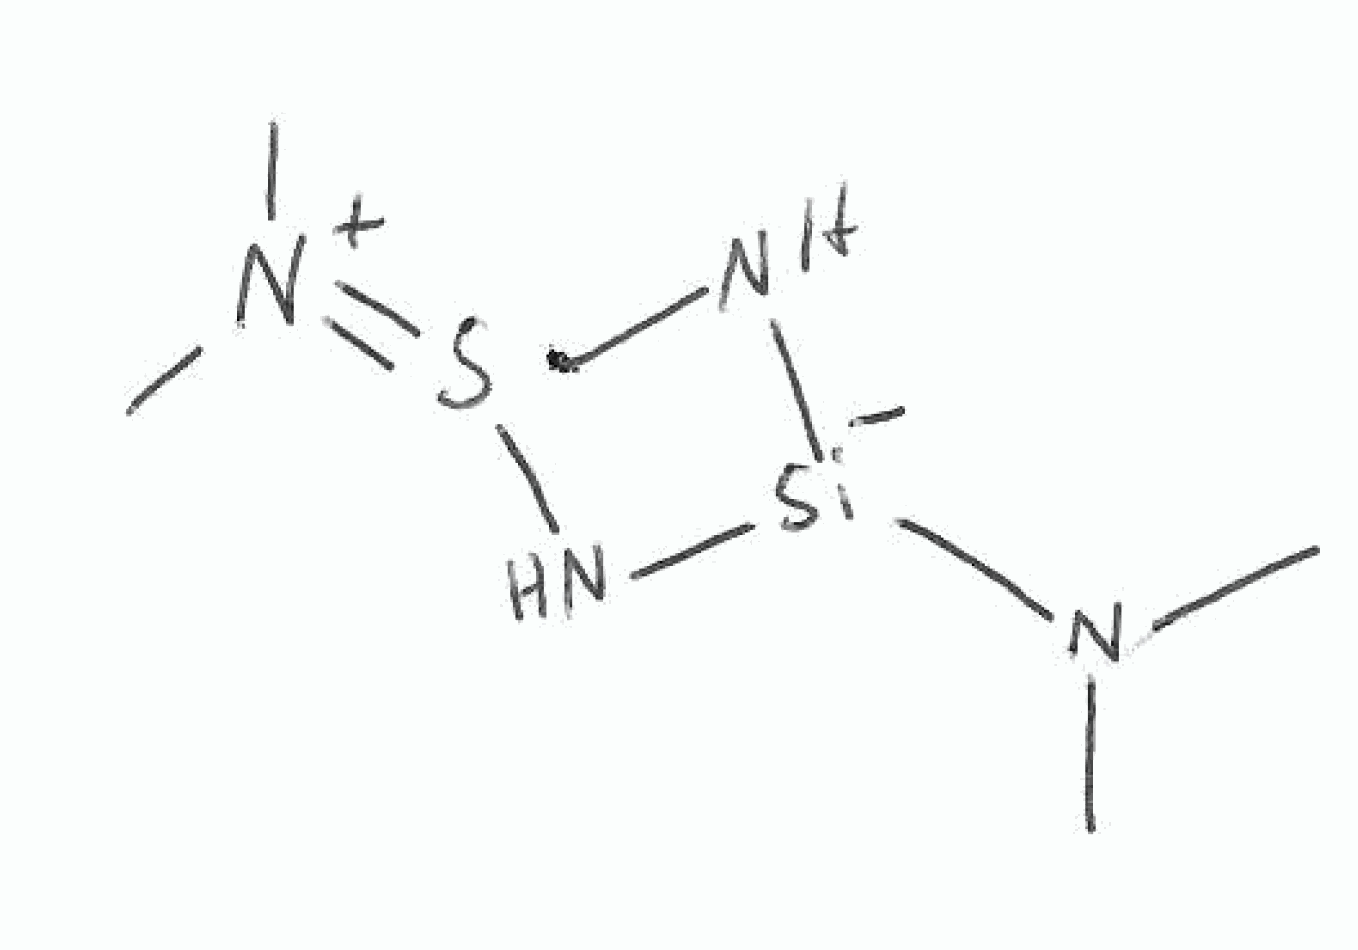
Simplified molecular-input line-entry system (SMILES) notation of the given molecule:
CN(C)[Si-]1N[Si](=[N+](C)C)N1